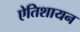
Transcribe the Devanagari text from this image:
ऐतिशायन